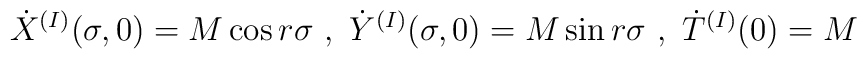
{\dot{X}}^{(I)}(\sigma,0) = M\cos r\sigma~,~{\dot{Y}}^{(I)}(\sigma,0) = M\sin r\sigma ~,~{\dot{T}}^{(I)}(0) = M